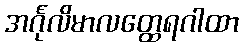
အင်္ဂုလိမာလတ္ထေရဂါထာ